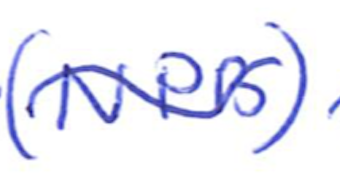
Text: (NPB)
Cross-out: wave
Writing tool: ballpoint